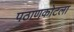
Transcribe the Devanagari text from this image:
पठाणकोटला